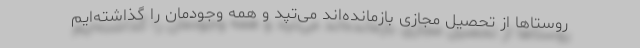
روستاها از تحصیل مجازی بازمانده‌اند می‌تپد و همه وجودمان را گذاشته‌ایم